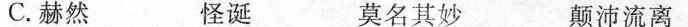
C.赫然 怪诞 莫名其妙 颠沛流离